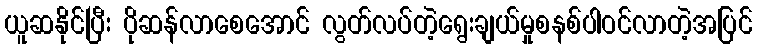
ယူဆနိုင်ပြီး ပိုဆန်လာစေအောင် လွတ်လပ်တဲ့ရွေးချယ်မှုစနစ်ပါဝင်လာတဲ့အပြင်